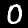
Digit: 0